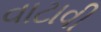
વાટાવી